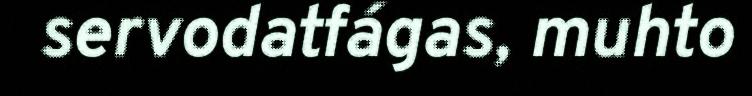
servodatfágas, muhto